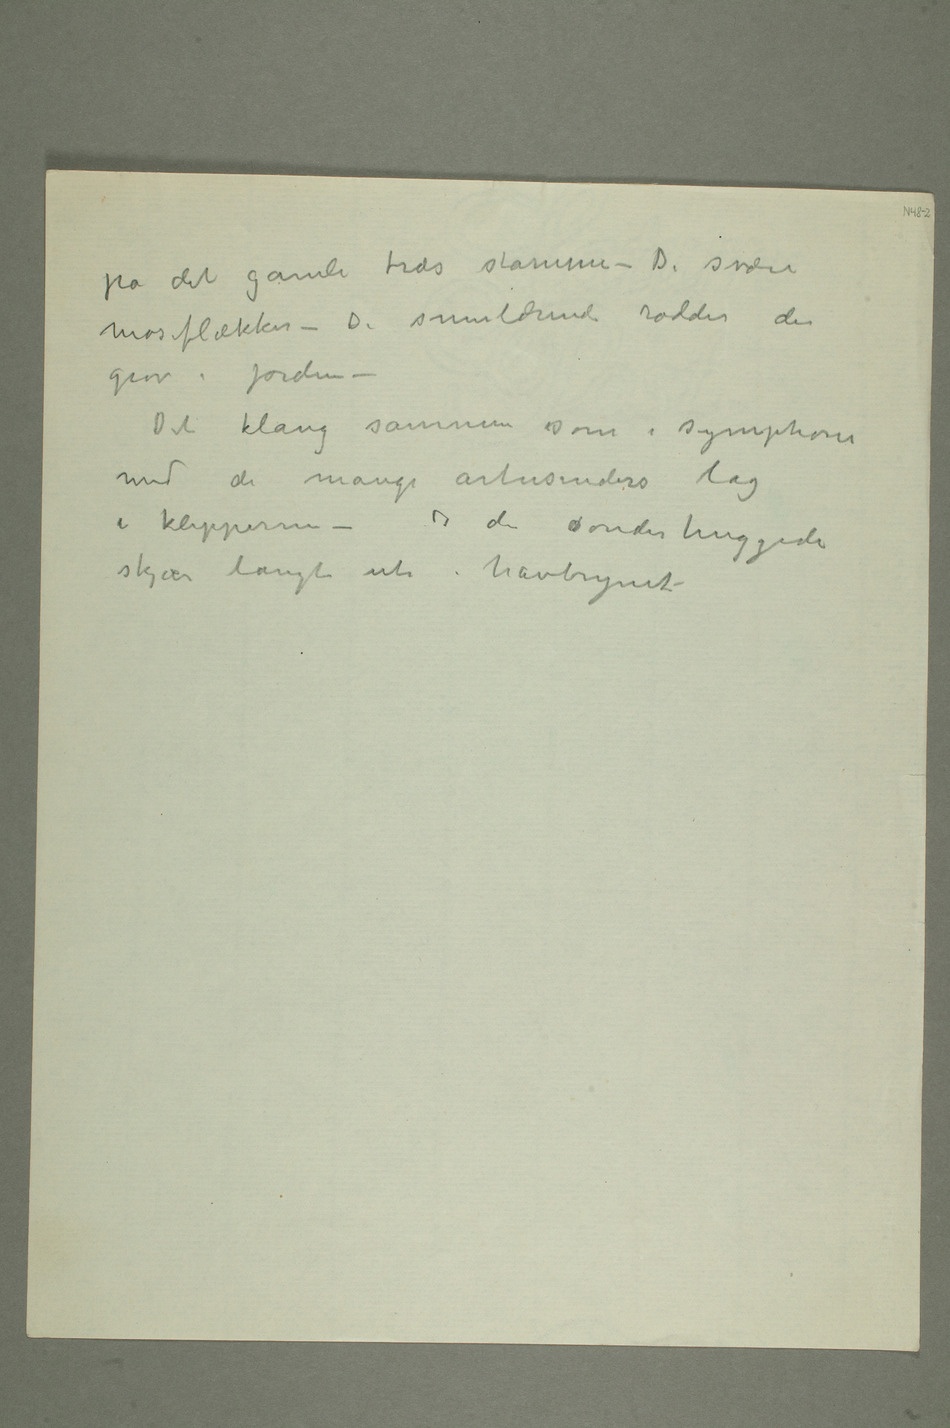
på det gamle træs stamme – De svære
moseflækker – De smuldrende rødder der
gror i jorden –
Det klang sammen som i symphoni
med de mange årtusinders lag
skjær langt ute i havbrynet –